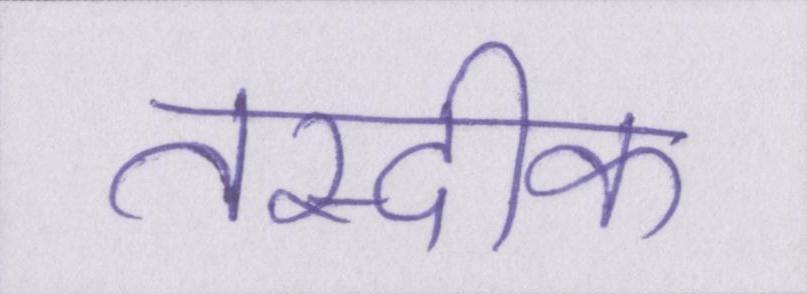
तस्दीक